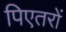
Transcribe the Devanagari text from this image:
पिएतरों